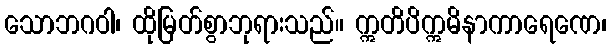
သောဘဂဝါ၊ ထိုမြတ်စွာဘုရားသည်။ ဣတိပိဣမိနာကာရေဏေ၊